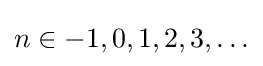
n\in -1,0,1,2,3,\ldots